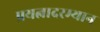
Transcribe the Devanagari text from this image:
प्रयत्नादरम्यान